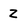
Character: z